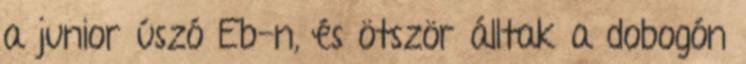
a junior úszó Eb-n, és ötször álltak a dobogón